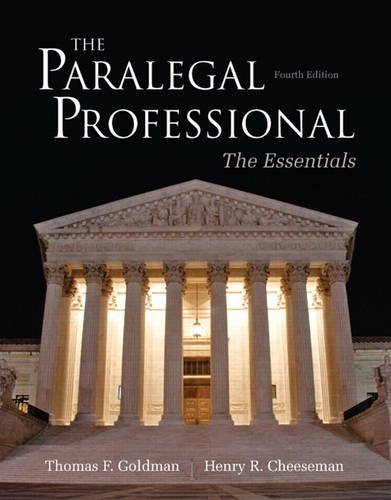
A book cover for The Paralegal Professional: Essentials (4th Edition); Thomas F. Goldman; Business & Money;